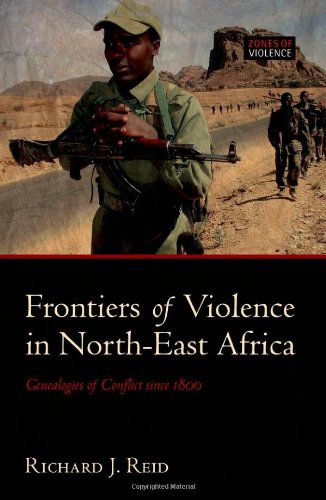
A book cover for Frontiers of Violence in North-East Africa: Genealogies of Conflict since c.1800 (Zoneso F Violence); Richard J. Reid; History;